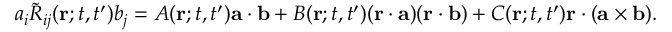
a _ { i } \tilde { R } _ { i j } ( { \bf { r } } ; t , t ^ { \prime } ) b _ { j } = A ( { \bf { r } } ; t , t ^ { \prime } ) { \bf { a } } \cdot { \bf { b } } + B ( { \bf { r } } ; t , t ^ { \prime } ) ( { \bf { r } } \cdot { \bf { a } } ) ( { \bf { r } } \cdot { \bf { b } } ) + C ( { \bf { r } } ; t , t ^ { \prime } ) { \bf { r } } \cdot ( { \bf { a } } \times { \bf { b } } ) .